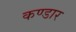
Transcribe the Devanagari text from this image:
कण्डार